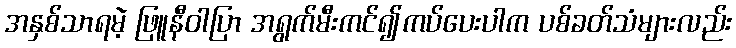
အနှစ်သာရမဲ့ ဖြူနီဝါပြာ အရွက်မီးကင်၍ကပ်ပေးပါက ပစ်ခတ်သံများလည်း